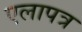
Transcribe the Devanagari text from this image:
एलापत्र